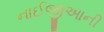
નાઈજીઆની